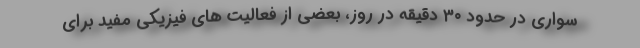
سواری در حدود ۳۰ دقیقه در روز، بعضی از فعالیت های فیزیکی مفید برای